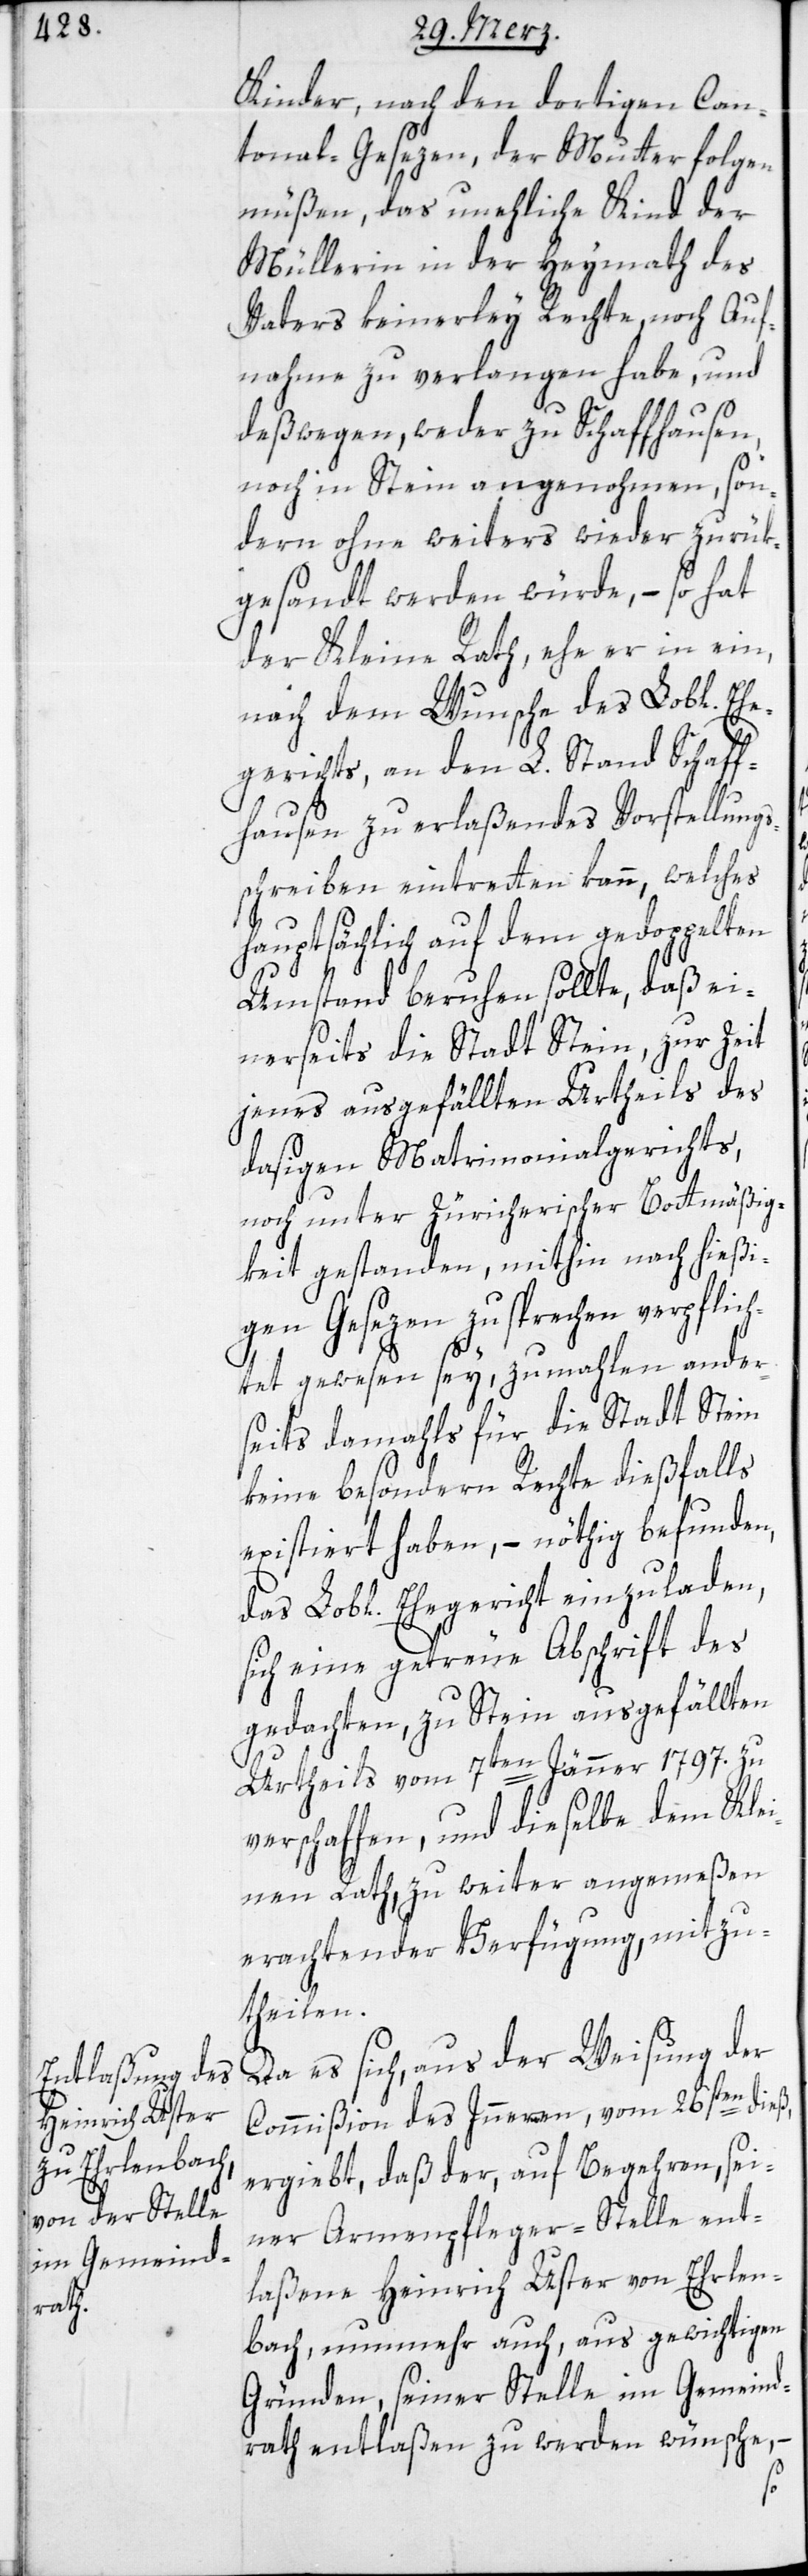
Kinder, nach den dortigen Can¬
tonal-Gesezen, der Mutter folgen
müßen, das uneheliche Kinde der
Müllerin in der Heymath des
Vaters keinerley Rechte, noch Auf¬
nahme zu verlangen habe, und
deßwegen, weder zu Schaffhausen,
noch in Stein angenohmen, son¬
dern ohne weiters wieder zurük¬
gesandt werden würde, – so hat
der Kleine Rath, ehe er in ein,
nach dem Wunsche des Lobl. Ehe¬
gerichts, an den L. Stand Schaff¬
hausen zu erlaßendes Vorstellungs¬
schreiben eintretten kann, welches
hauptsächlich auf dem gedoppelten
Umstand beruhen sollte, daß ei¬
nerseits die Stadt Stein, zur Zeit
jenes ausgefällten Urtheils des
dasigen Matrimonialgerichts,
noch unter Zürcherischer Bottmäßig¬
keit gestanden, mithin nach hießi¬
gen Gesezen zu sprechen verpflic¬
htet gewesen sey, zumahlen ander¬
seits damahls für die Stadt Stein
keine besondern Rechte dießfalls
existiert haben, – nöthig befunden,
das Lobl. Ehegericht einzuladen,
sich eine getreue Abschrift des
gedachten, zu Stein ausgefällten
Urtheils vom 7ten Jenner 1797. zu
verschaffen, und dieselbe dem Klei¬
nen Rath, zu weiter angemeßen
erachtender Verfügung, mitzu¬
theilen.
Da es sich aus der Weisung der
Commißion des Inneren vom 26sten dieß
ergiebt, daß der, auf Begehren, sei¬
ner Armenpfleger-Stelle ent¬
laßene Heinrich Uster von Ehrlen¬
bach, nunmehr auch, aus gewichtigen
Gründen, seiner Stelle im Gemeind¬
rath entlaßen zu werden wünsche,